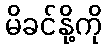
မိခင်နို့ကို